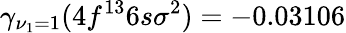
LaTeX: \gamma_{\nu_{1}=1}(4f^{13}6s\sigma^{2})=-0.03106